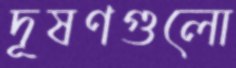
দূষণগুলো